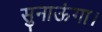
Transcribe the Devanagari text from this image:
सुनाऊंगा।